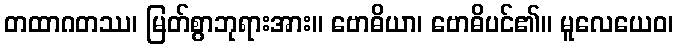
တထာဂတဿ၊ မြတ်စွာဘုရားအား။ ဗောဓိယာ၊ ဗောဓိပင်၏။ မူလေယေဝ၊